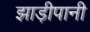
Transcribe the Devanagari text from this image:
झाड़ीपानी